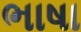
ભાષા